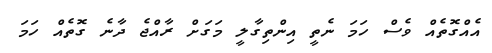
އެއްގޮތެއް ވެސް ހަމަ ނެތީ އިންތިގާލީ މަގަށް ރާއްޖެ ދާނެ ގޮތެއް ހަމަ